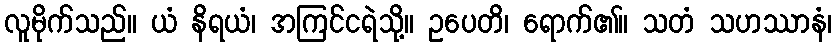
လူမိုက်သည်။ ယံ နိရယံ၊ အကြင်ငရဲသို့။ ဥပေတိ၊ ရောက်၏။ သတံ သဟဿာနံ၊